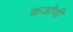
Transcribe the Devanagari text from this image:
कर्जांची